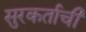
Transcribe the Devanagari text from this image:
सुरकर्ताची